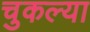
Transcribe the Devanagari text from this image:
चुकल्या